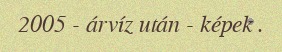
2005 - árvíz után - képek .